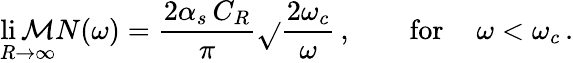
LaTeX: \operatorname*{li\mathcal{M}}_{R\to\infty}N(\omega)=\frac{{2\alpha_{s}\, C_{R}}}{{\pi}}\sqrt{}{{\frac{{2\omega_{c}}}{{\omega}}}}\, ,\qquad\mathrm{{for}}\, \quad\omega<\omega_{c}\, .